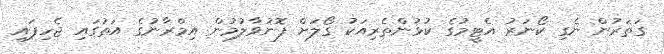
ގަތަރުން ނެގި ކޯނަރު އެޓީމުގެ ކުޅުންތެރިއަކު ގޯލަށް ފޮނުވާލުމުން އިމްރާނުގެ އަތުގައި ޖެހިފައި